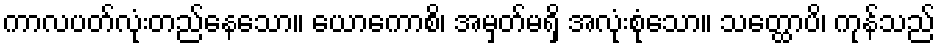
ကာလပတ်လုံးတည်နေသော။ ယောကောစိ၊ အမှတ်မရှိ အလုံးစုံသော။ သတ္ထောပိ၊ ကုန်သည်